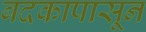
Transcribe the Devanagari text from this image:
बदकापासून